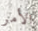
الأمر